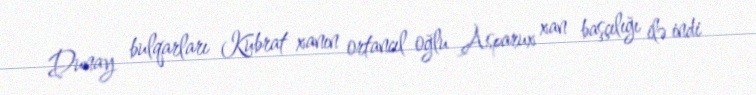
Dunay bulqarları Kubrat xanın ortancıl oğlu Asparux xan başçılığı ilə indi